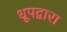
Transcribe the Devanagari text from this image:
धूपद्वारा